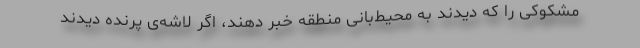
مشکوکی را که دیدند به محیط‌بانی منطقه خبر دهند، اگر لاشه‌ی پرنده دیدند